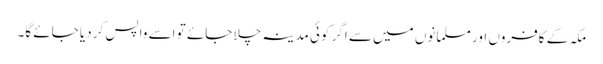
مکہ کے کافروں اور مسلمانوں میں سے اگر کوئی مدینہ چلا جائے تو اسے واپس کر دیا جائے گا۔